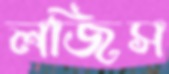
লজিস